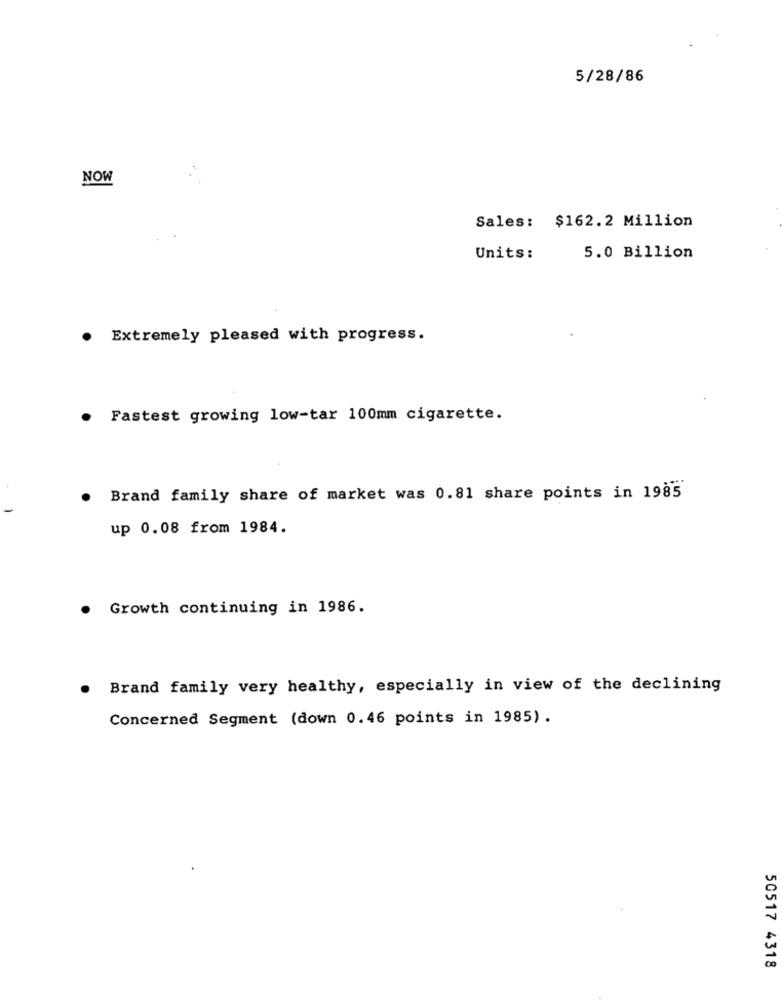
5/28/86
NOW
Sales: $162.2 Million
Units:
5.0 Billion
Extremely pleased with progress.
Fastest growing low-tar 100mm cigarette.
Brand family share of market was 0.81 share points in 1985
up 0.08 from 1984.
Growth continuing in 1986.
Brand family very healthy, especially in view of the declining
Concerned Segment (down 0.46 points in 1985) .
50517 4318